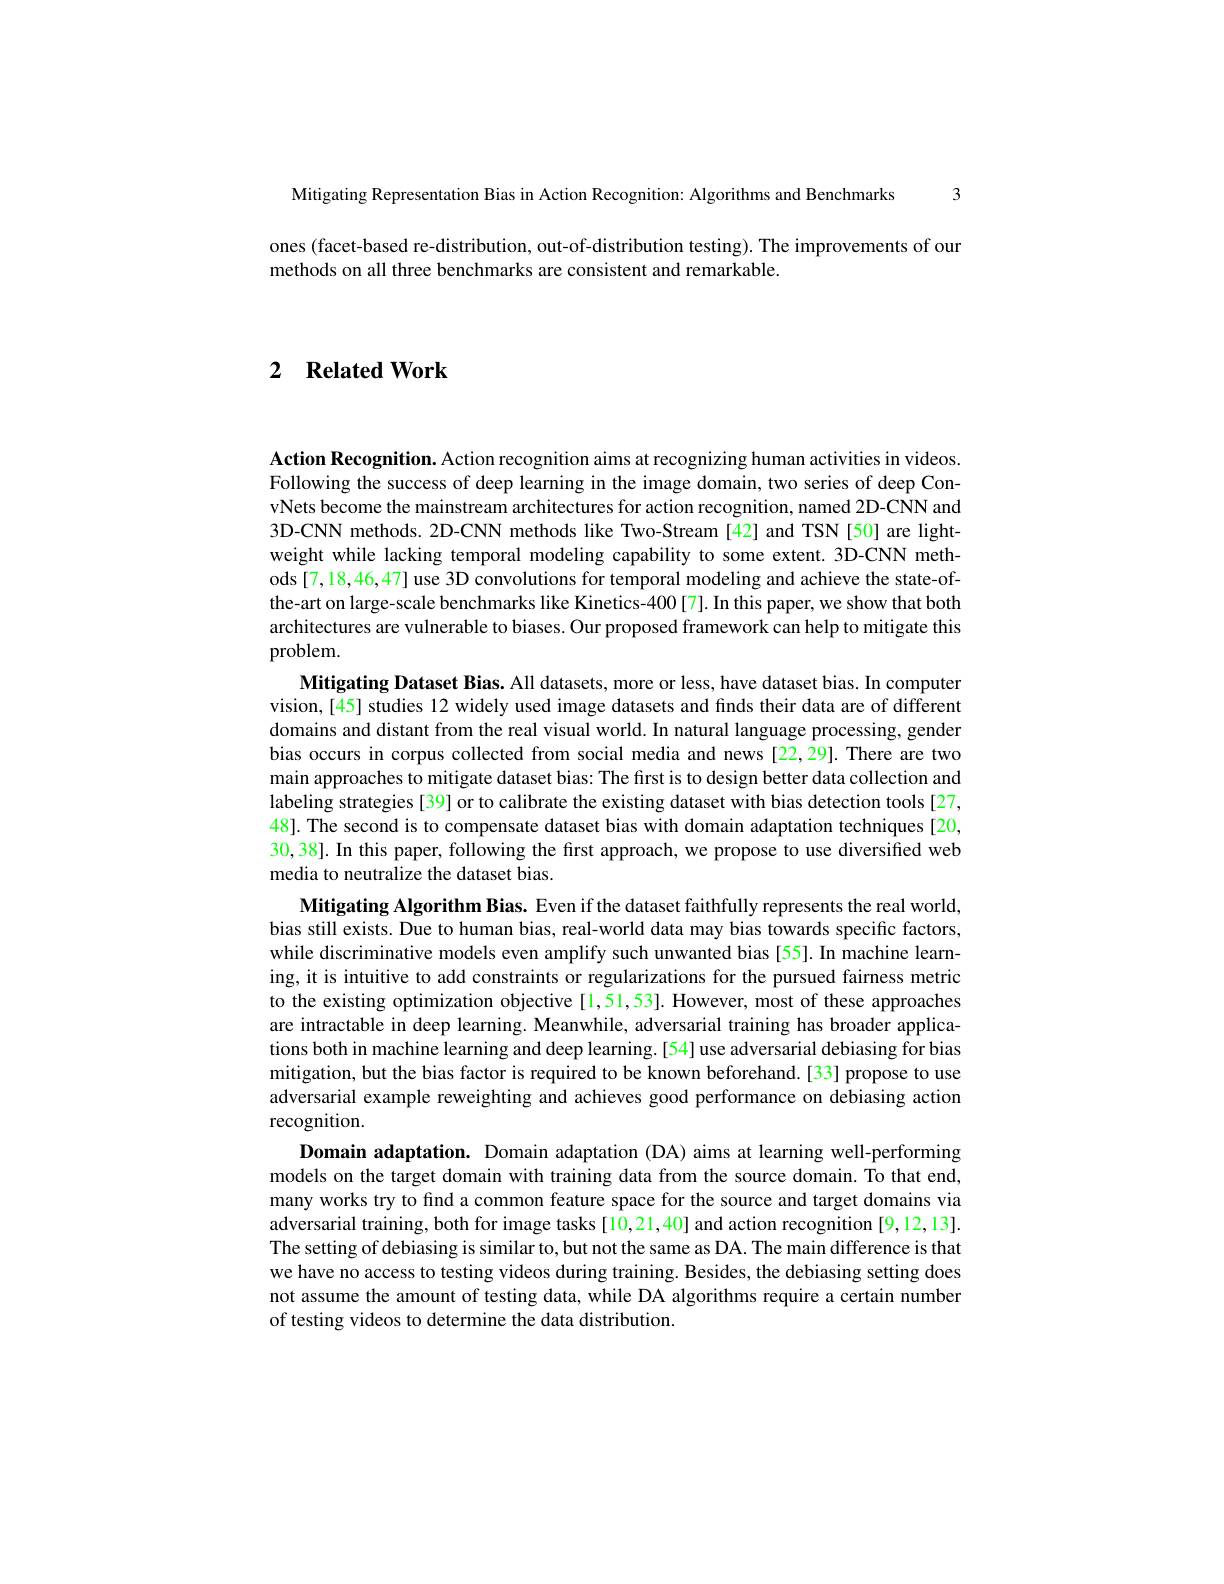
Mitigating Representation Bias in Action Recognition: Algorithms and Benchmarks 3

ones (facet-based re-distribution, out-of-distribution testing). The improvements of our
methods on all three benchmarks are consistent and remarkable.

2 $\textbf{Related Work}$

Action Recognition. Action recognition aims at recognizing human activities in videos. Following the success of deep learning in the image domain, two series of deep ConvNets become the mainstream architectures for action recognition, named 2D-CNN and 3D-CNN methods. 2D-CNN methods like Two-Stream [42] and TSN [50] are lightweight while lacking temporal modeling capability to some extent.3D-CNN methods [7,18,46,47] use 3D convolutions for temporal modeling and achieve the state-ofthe-art on large-scale benchmarks like Kinetics-400[7]. In this paper, we show that both architectures are vulnerable to biases. Our proposed framework can help to mitigate this problem.
Mitigating Dataset Bias. All datasets, more or less, have dataset bias. In computer vision,[45] studies 12 widely used image datasets and finds their data are of different domains and distant from the real visual world. In natural language processing, gender bias occurs in corpus collected from social media and news [22,29]. There are two main approaches to mitigate dataset bias: The first is to design better data collection and labeling strategies [39] or to calibrate the existing dataset with bias detection tools [27, 48]. The second is to compensate dataset bias with domain adaptation techniques [20, 30,38]. In this paper, following the frst approach, we propose to use diversified web media to neutralize the dataset bias.
Mitigating Algorithm Bias. Even if the dataset faithfully represents the real world, bias still exists. Due to human bias, real-world data may bias towards specific factors, while discriminative models even amplify such unwanted bias [55]. In machine learning, it is intuitive to add constraints or regularizations for the pursued fairness metric to the existing optimization objective [1,51,53]. However, most of these approaches are intractable in deep learning. Meanwhile, adversarial training has broader applications both in machine learning and deep learning.[54] use adversarial debiasing for bias mitigation, but the bias factor is required to be known beforehand.[33] propose to use adversarial example reweighting and achieves good performance on debiasing action recognition.
Domain adaptation. Domain adaptation (DA) aims at learning well-performing models on the target domain with training data from the source domain. To that end, many works try to find a common feature space for the source and target domains via adversarial training, both for image tasks[ 10,21,40] and action recognition [9,12,13]. The setting of debiasing is similar to, but not the same as DA. The main difference is that we have no access to testing videos during training. Besides, the debiasing setting does not assume the amount of testing data, while DA algorithms require a certain number of testing videos to determine the data distribution.